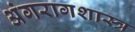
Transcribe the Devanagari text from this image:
अंगरागशास्त्र